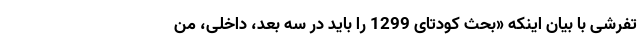
تفرشی با بیان اینکه «بحث کودتای 1299 را باید در سه بعد، داخلی، من